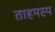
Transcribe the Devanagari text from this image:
ताहमस्प